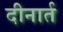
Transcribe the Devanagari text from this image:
दीनार्त